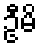
ဦမိ